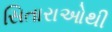
સિતારાઓથી